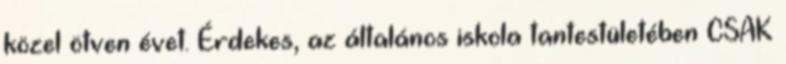
közel ötven évet. Érdekes, az általános iskola tantestületében CSAK